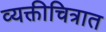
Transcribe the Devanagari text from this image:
व्यक्तीचित्रात